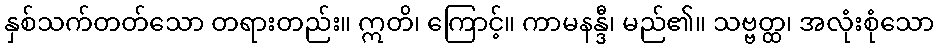
နှစ်သက်တတ်သော တရားတည်း။ ဣတိ၊ ကြောင့်။ ကာမနန္ဒီ၊ မည်၏။ သဗ္ဗတ္ထ၊ အလုံးစုံသော